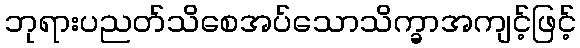
ဘုရားပညတ်သိစေအပ်သောသိက္ခာအကျင့်ဖြင့်